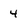
Character: 4